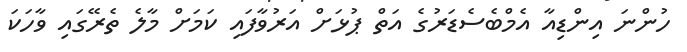
ހުންނަ އިންޑިއާ އެމްބެސެޑަރުގެ އަތް ޕުޅަށް އަރުވާފައި ކަމަށް މާލެ ތެރޭގައި ވާހަކަ